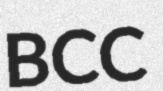
BCC